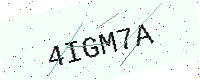
Text: 4IGM7A